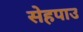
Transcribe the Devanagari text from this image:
सेहपाउ